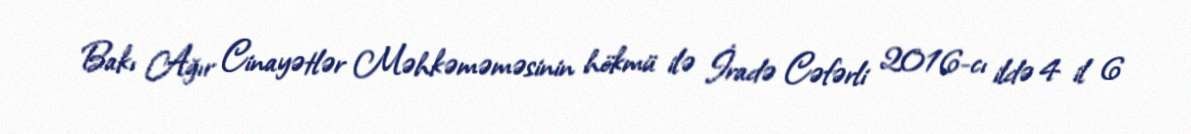
Bakı Ağır Cinayətlər Məhkəməməsinin hökmü ilə İradə Cəfərli 2016-cı ildə 4 il 6